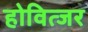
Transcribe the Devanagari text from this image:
होवित्जर